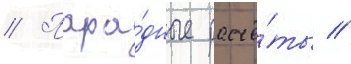
// Пара́дные расчё́ты //